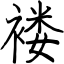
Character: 褛